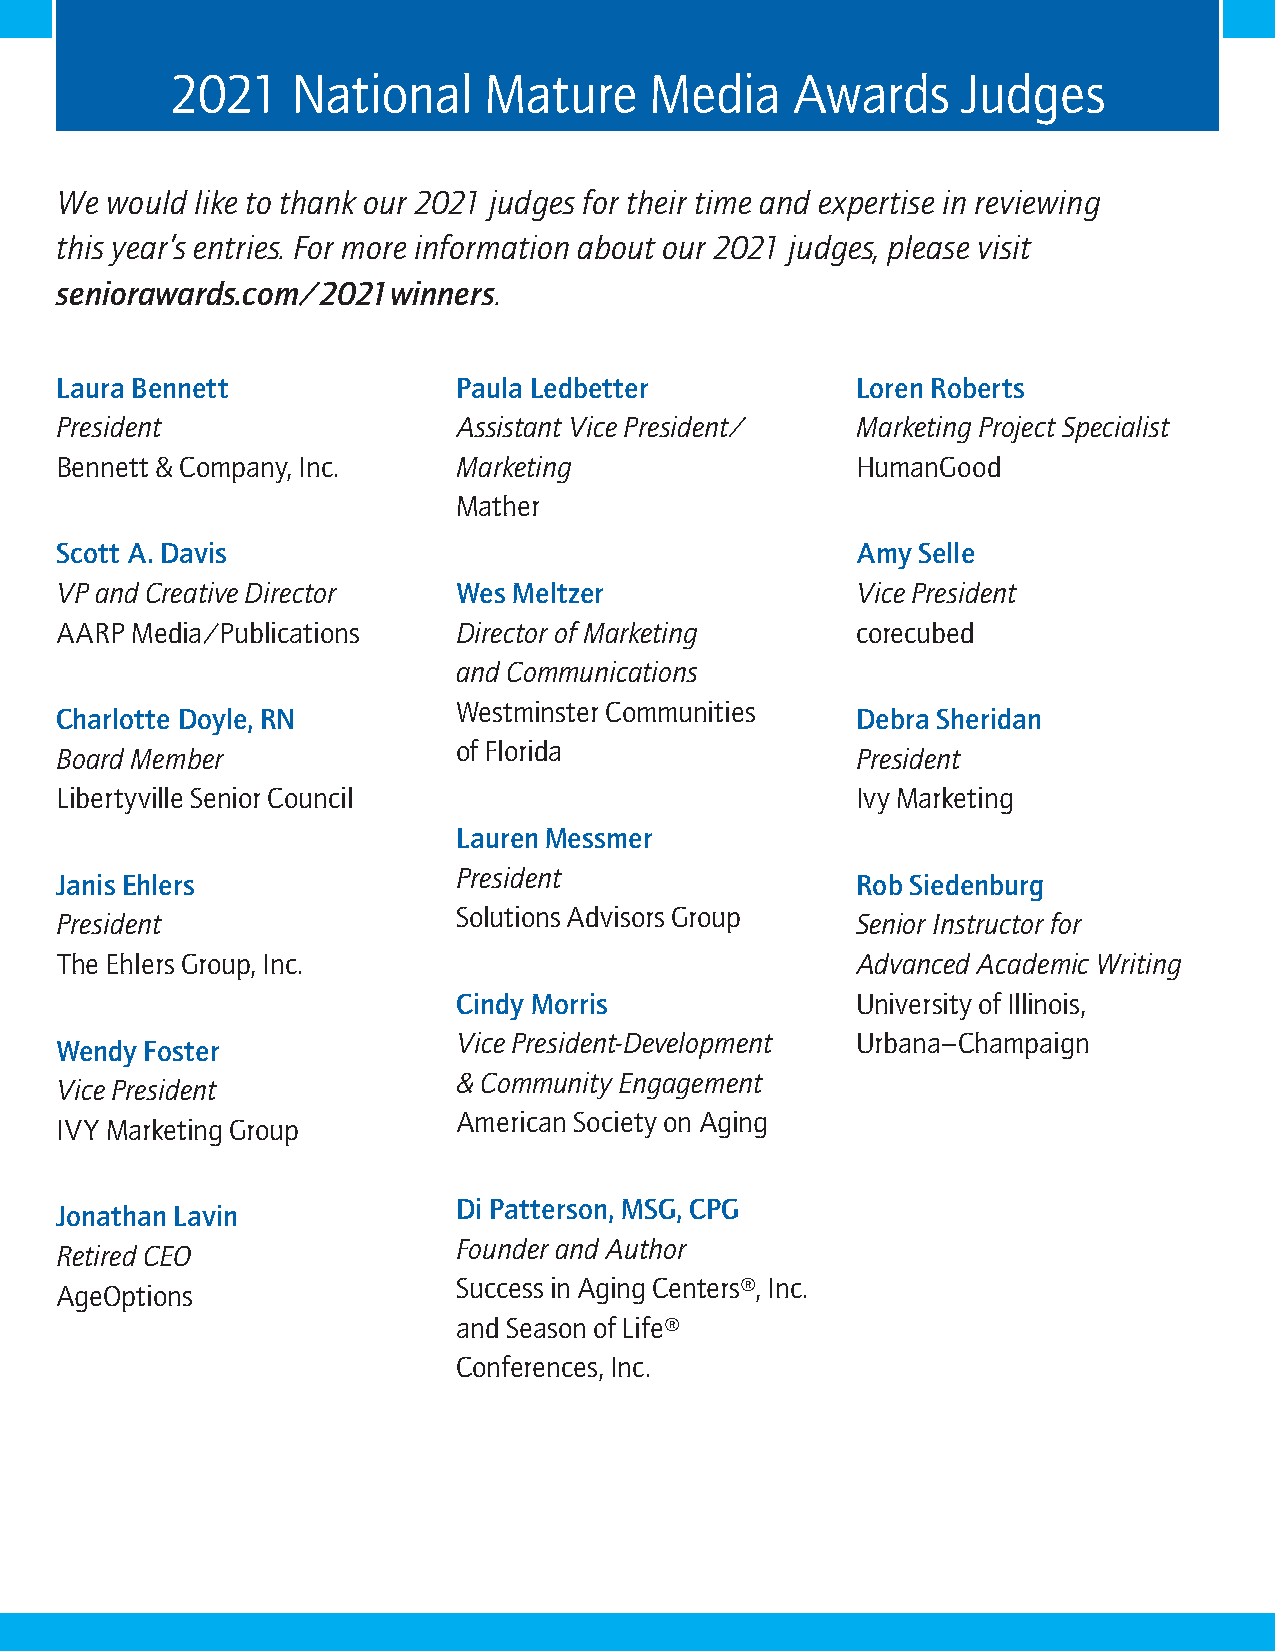
2021    National     Mature     Media    Awards      Judges
 We would like to thank our 2021 judges for their time and expertise in reviewing
 this year’s entries. For more information about our 2021 judges, please visit
 seniorawards.com/2021winners.
 Laura Bennett             Paula Ledbetter            Loren Roberts
 President                 Assistant Vice President/  Marketing Project Specialist
 Bennett & Company, Inc.   Marketing                  HumanGood
 Mather
 Scott A. Davis                                       Amy Selle
 VP and Creative Director  Wes Meltzer                Vice President
 AARP Media/Publications   Director of Marketing      corecubed
 and Communications
 Westminster Communities
 Charlotte Doyle, RN                                  Debra Sheridan
 of Florida
 Board Member                                         President
 Libertyville Senior Council                          Ivy Marketing
 Lauren Messmer
 President
 Janis Ehlers                                         Rob Siedenburg
 Solutions Advisors Group
 President                                            Senior Instructor for
 The Ehlers Group, Inc.                               Advanced Academic Writing
 Cindy Morris               University of Illinois,
 Vice President-Development Urbana–Champaign
 Wendy Foster
 & Community Engagement
 Vice President
 American Society on Aging
 IVY Marketing Group
 Di Patterson, MSG, CPG
 Jonathan Lavin
 Founder and Author
 Retired CEO
 Success in Aging Centers®, Inc.
 AgeOptions
 and Season of Life®
 Conferences, Inc.